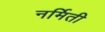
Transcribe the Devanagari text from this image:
नर्मिती